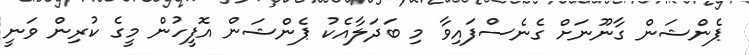
ޕެންޝަން ގާނޫނަށް ގެނެސްފައިވާ މި ބަދަލާއެކު ޕެންޝަން އޮފީހުން މީގެ ކުރިން ވަނީ